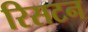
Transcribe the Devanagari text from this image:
रिसटन